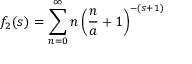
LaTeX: f _ { 2 } ( s ) = \sum _ { n = 0 } ^ { \infty } n \left( \frac { n } { a } + 1 \right) ^ { - ( s + 1 ) }